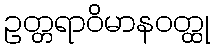
ဥတ္တရာဝိမာနဝတ္ထု